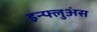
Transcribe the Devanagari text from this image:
इन्फ्लुअंस